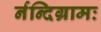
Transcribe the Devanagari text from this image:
र्नन्दिग्रामः